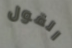
القول